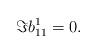
LaTeX: \begin{align*}\Im b_{11}^1=0.\end{align*}